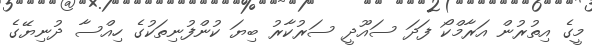
މީގެ އިތުރުން އަރާމްކޯ ފަދަ ސައޫދީ ސަރުކާރު ބިޔަ ކުންފުނިތަކުގެ ހިއްސާ ދުނިޔޭގެ